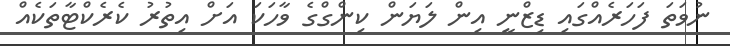
ނުވަތަ ފަހަރެއްގައި ޑިޒްނީ އިން ލަޔަން ކިންގްގެ ވާހަކަ އަށް އިތުރު ކެރެކްޓާތަކެއް